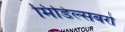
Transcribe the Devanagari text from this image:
मिडिल्सबरो